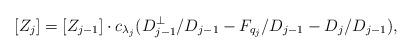
LaTeX: \begin{align*} [Z_j] &= [Z_{j-1}] \cdot c_{\lambda_j}(D_{j-1}^\perp/D_{j-1} - F_{q_j}/D_{j-1} - D_j/D_{j-1}),\end{align*}